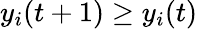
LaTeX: y_{i}(t+1)\geq y_{i}(t)